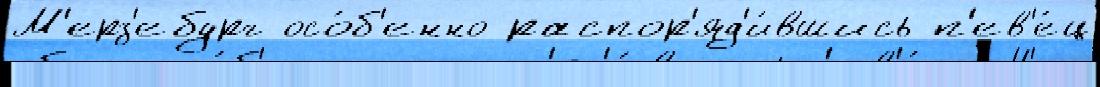
М'ерз'ебург осо́б'енно распор'яд'и́вшись п'ев'е́ц